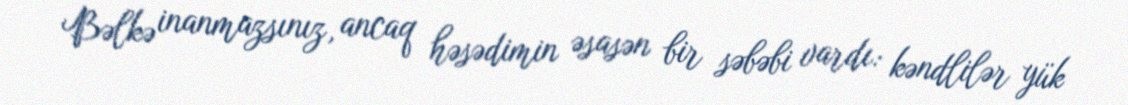
Bəlkə inanmazsınız, ancaq həsədimin əsasən bir səbəbi vardı: kəndlilər yük